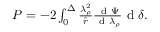
\begin{array} { r } { P = - 2 \int _ { 0 } ^ { \Delta } \frac { \lambda _ { \rho } ^ { 2 } } { \hat { r } } \frac { \mathrm { ~ d ~ } \Psi } { \mathrm { ~ d ~ } \lambda _ { \rho } } \mathrm { ~ d ~ } \delta . } \end{array}